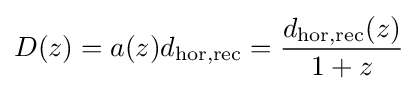
D(z)=a(z)d_{\text{hor,rec}}={\frac {d_{\text{hor,rec}}(z)}{1+z}}